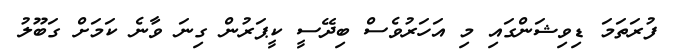
ފުރަތަމަ ޑިވިޝަންގައި މި އަހަރުވެސް ބިދޭސީ ކީޕަރުން ގިނަ ވާނެ ކަމަށް ގަބޫލު